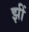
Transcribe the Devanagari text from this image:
झीं